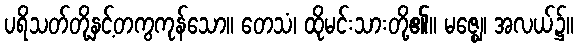
ပရိသတ်တို့နှင့်တကွကုန်သော။ တေသံ၊ ထိုမင်းသားတို့၏။ မဇ္ဈေ၊ အလယ်၌။